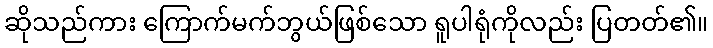
ဆိုသည်ကား ကြောက်မက်ဘွယ်ဖြစ်သော ရူပါရုံကိုလည်း ပြတတ်၏။